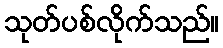
သုတ်ပစ်လိုက်သည်။